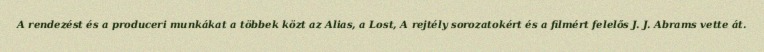
A rendezést és a produceri munkákat a többek közt az Alias, a Lost, A rejtély sorozatokért és a filmért felelős J. J. Abrams vette át.